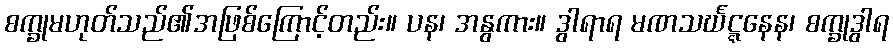
စက္ခုမဟုတ်သည်၏အဖြစ်ကြောင့်တည်း။ ပန၊ အနွကား။ ဒွါရာရ မဏသင်္ဃဋ္ဋနေန၊ စက္ခုဒွါရ